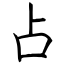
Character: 占